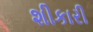
શીકારી